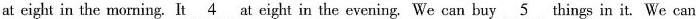
at eight in the morning. It 4 at eight in the evening. We can buy 5 things in it. We can